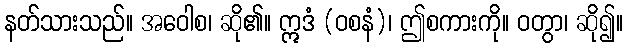
နတ်သားသည်။ အဝေါစ၊ ဆို၏။ ဣဒံ (ဝစနံ)၊ ဤစကားကို။ ဝတွာ၊ ဆို၍။